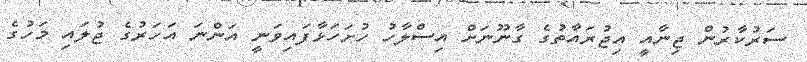
ސަރުކާރުން ޖިނާއީ އިޖުރައާތުގެ ގާނޫނަށް އިސްލާހު ހުށަހަޅާފައިވަނީ އަންނަ އަހަރުގެ ޖުލައި މަހުގެ